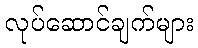
လုပ်ဆောင်ချက်များ